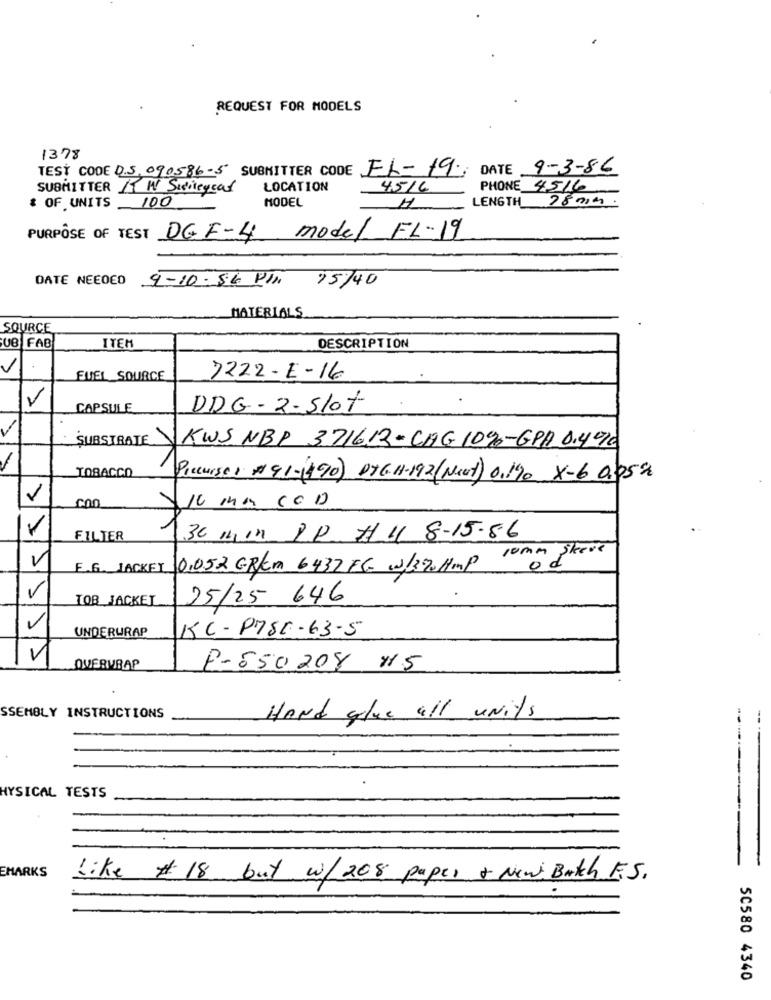
REQUEST FOR MODELS
1378
TEST CODE 0.5.090586-5 SUBMITTER CODE EL-19; DATE 9-3-86
SUBMITTER IT W Swiegear
LOCATION
45/6
PHONE 45/6
MODEL
LENGTH 28019
* OF UNITS 100
H
PURPOSE OF TEST DE F-4 model FL-19
DATE NEEDED 9-10-86 PIN 15/40
MATERIALS
SOURCE
UB FAB
ITEM
DESCRIPTION
V
FUEL SOURCE
7222-E-16
V
CAPSULE
DDG - 2- Slot
SUBSTRATE KWS NBP 371612-CAG 109-GPA 0.49C
TOBACCO
Precurso: 41-1490) DTG.H-192(Next) 0.190 X-6 0.05%
10 MM COD
FILTER
30 Min PP HUI 8-15-86
V
E.G. JACKET 0,052 GREm 6432FG W/370 Hmp 10mm skeve
V
TOB_JACKET
25/25 646
UNDERWRAP
KC-P7SE -63-5
V
fabja
OVERWRAP
P-550208 H15
SSEMBLY INSTRUCTIONS
Hand glue all units
HYSICAL TESTS
......--------
EMARKS
Like # 18 but w/208 paper & News Batch F.S.
50580 4340